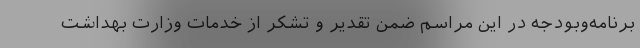
برنامه‌وبودجه در این مراسم ضمن تقدیر و تشکر از خدمات وزارت بهداشت